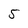
Character: 5